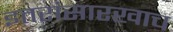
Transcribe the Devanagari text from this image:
इतरांसारखाच